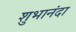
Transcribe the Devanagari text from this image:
शुभानंदा